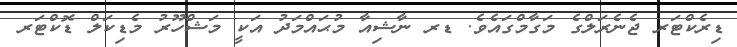
ޑިރެކްޓަރ ޖެނެރަލްގެ މަގާމްގައެވެ. ޑރ ނާޝިއާ މުޙައްމަދު އަކީ މަޝްހޫރު މެޑިކަލް ޑޮކްޓަރ